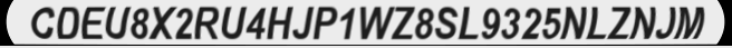
CDEU8X2RU4HJP1WZ8SL9325NLZNJM